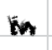
Text: in
Cross-out: zig-zag
Writing tool: digital_black